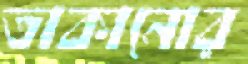
তাকানোর